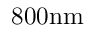
8 0 0 \mathrm { n m }